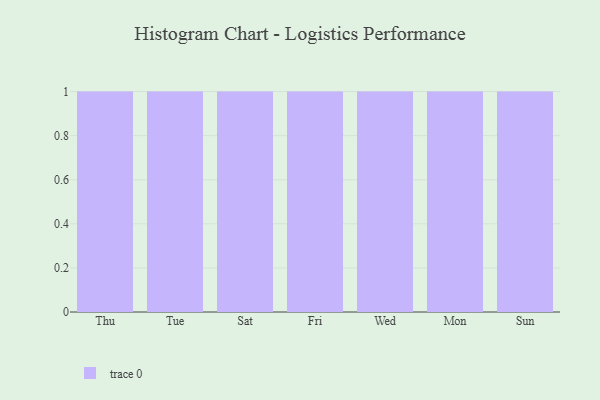
{"axis": {"x": "Day", "y": "Page Views"}, "legend": [""], "data": [{"x": "Thu", "y": 62, "type": ""}, {"x": "Tue", "y": 31, "type": ""}, {"x": "Sat", "y": 89, "type": ""}, {"x": "Fri", "y": 87, "type": ""}, {"x": "Wed", "y": 18, "type": ""}, {"x": "Mon", "y": 42, "type": ""}, {"x": "Sun", "y": 25, "type": ""}]}